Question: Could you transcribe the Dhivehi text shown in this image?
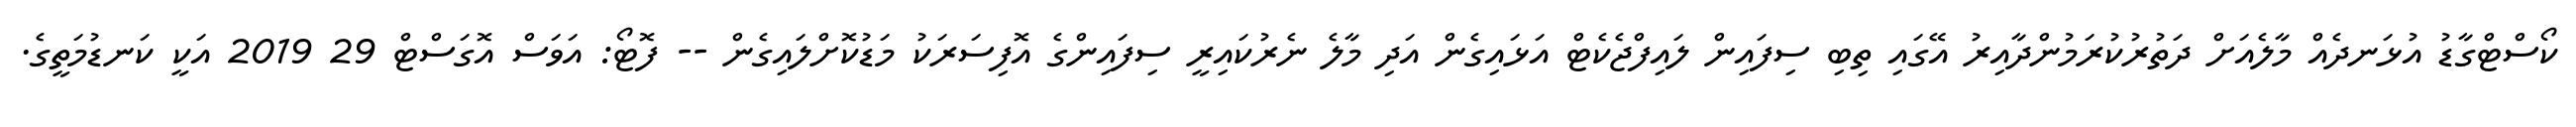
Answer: ކޯސްޓްގާޑު އުޅަނދެއް މާލެއަށް ދަތުރުކުރަމުންދާއިރު އޭގައި ތިބި ސިފައިން ލައިފްޖެކެޓް އަޅައިގެން އަދި މާލެ ނެރުކައިރީ ސިފައިންގެ އޮފިސަރަކު މަޑުކޮށްލައިގެން -- ފޮޓޯ: އަވަސް އޮގަސްޓް 29 2019 އަކީ ކަނޑުމަތީގެ.